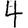
Digit: 4